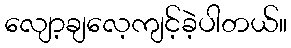
လျော့ချလေ့ကျင့်ခဲ့ပါတယ်။